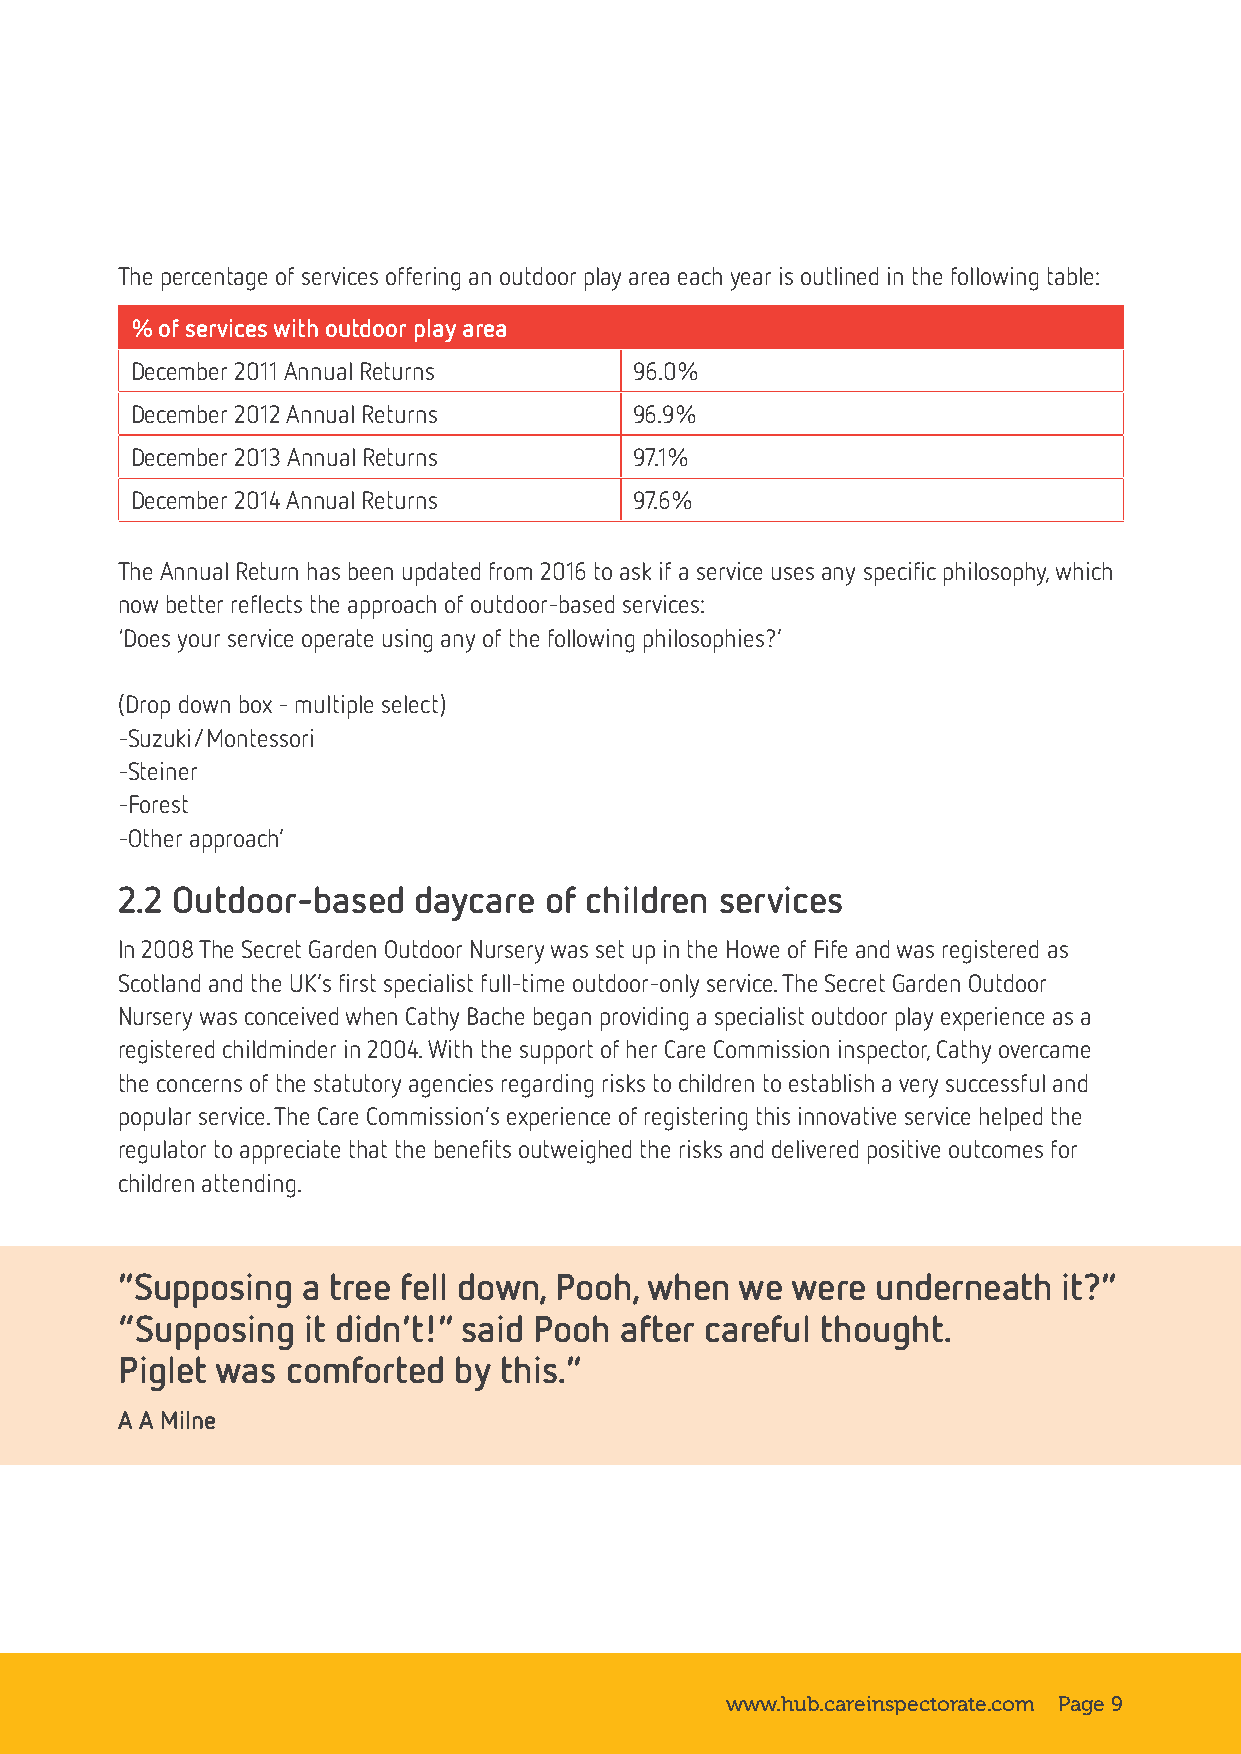
The percentage of services offering an outdoor play area each year is outlined in the following table:
 % of services with outdoor play area
 December 2011 Annual Returns     96.0%
 December 2012 Annual Returns     96.9%
 December 2013 Annual Returns     97.1%
 December 2014 Annual Returns     97.6%
 The Annual Return has been updated from 2016 to ask if a service uses any specific philosophy, which
 now better reflects the approach of outdoor-based services:
 ‘Does your service operate using any of the following philosophies?’
 (Drop down box - multiple select)
 -Suzuki/Montessori
 -Steiner
 -Forest
 -Other approach’
 2.2 Outdoor-based  daycare  of children services
 In 2008 The Secret Garden Outdoor Nursery was set up in the Howe of Fife and was registered as
 Scotland and the UK’s first specialist full-time outdoor-only service. The Secret Garden Outdoor
 Nursery was conceived when Cathy Bache began providing a specialist outdoor play experience as a
 registered childminder in 2004. With the support of her Care Commission inspector, Cathy overcame
 the concerns of the statutory agencies regarding risks to children to establish a very successful and
 popular service. The Care Commission’s experience of registering this innovative service helped the
 regulator to appreciate that the benefits outweighed the risks and delivered positive outcomes for
 children attending.
 ”Supposing  a tree fell down, Pooh, when we were  underneath  it?”
 “Supposing  it didn’t!” said Pooh after careful thought.
 Piglet was comforted  by this.”
 A A Milne
 www.hub.careinspectorate.com Page 9